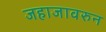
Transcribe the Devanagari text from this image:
जहाजावरुन